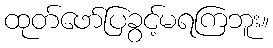
ထုတ်ဖော်ပြခွင့်မရကြဘူး။